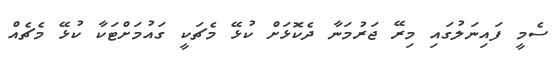
ސެމީ ފައިނަލުގައި މިރޭ ޖަރުމަނާ ދެކޮޅަށް ކުޅޭ މެޗަކީ ގައުމަށްޓަކާ ކުޅޭ މެޗެއް